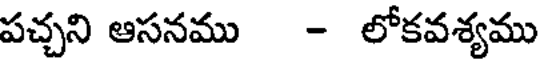
పచ్చని ఆసనము - లోకవశ్యము